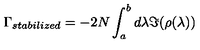
\Gamma _ { s t a b i l i z e d } = - 2 N \int _ { a } ^ { b } d \lambda \Im ( \rho ( \lambda ) )